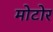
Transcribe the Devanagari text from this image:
मोटोर